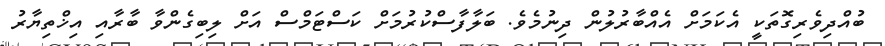
ބުއްދިވެރިގޮތަކީ އެކަމަށް އެއްބާރުލުން ދިނުމެވެ. ބަލާފާސްކުރުމަށް ކަސްޓަމްސް އަށް ލިބިގެންވާ ބާރާއި އިޚްތިޔާރު